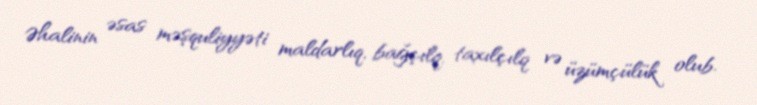
Əhalinin əsas məşquliyyəti maldarlıq, bağçılq, taxılçılq və üzümçülük olub.